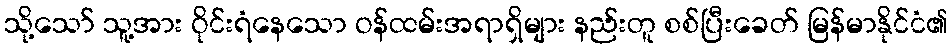
သို့သော် သူ့အား ဝိုင်းရံနေသော ဝန်ထမ်းအရာရှိများ နည်းတူ စစ်ပြီးခေတ် မြန်မာနိုင်ငံ၏